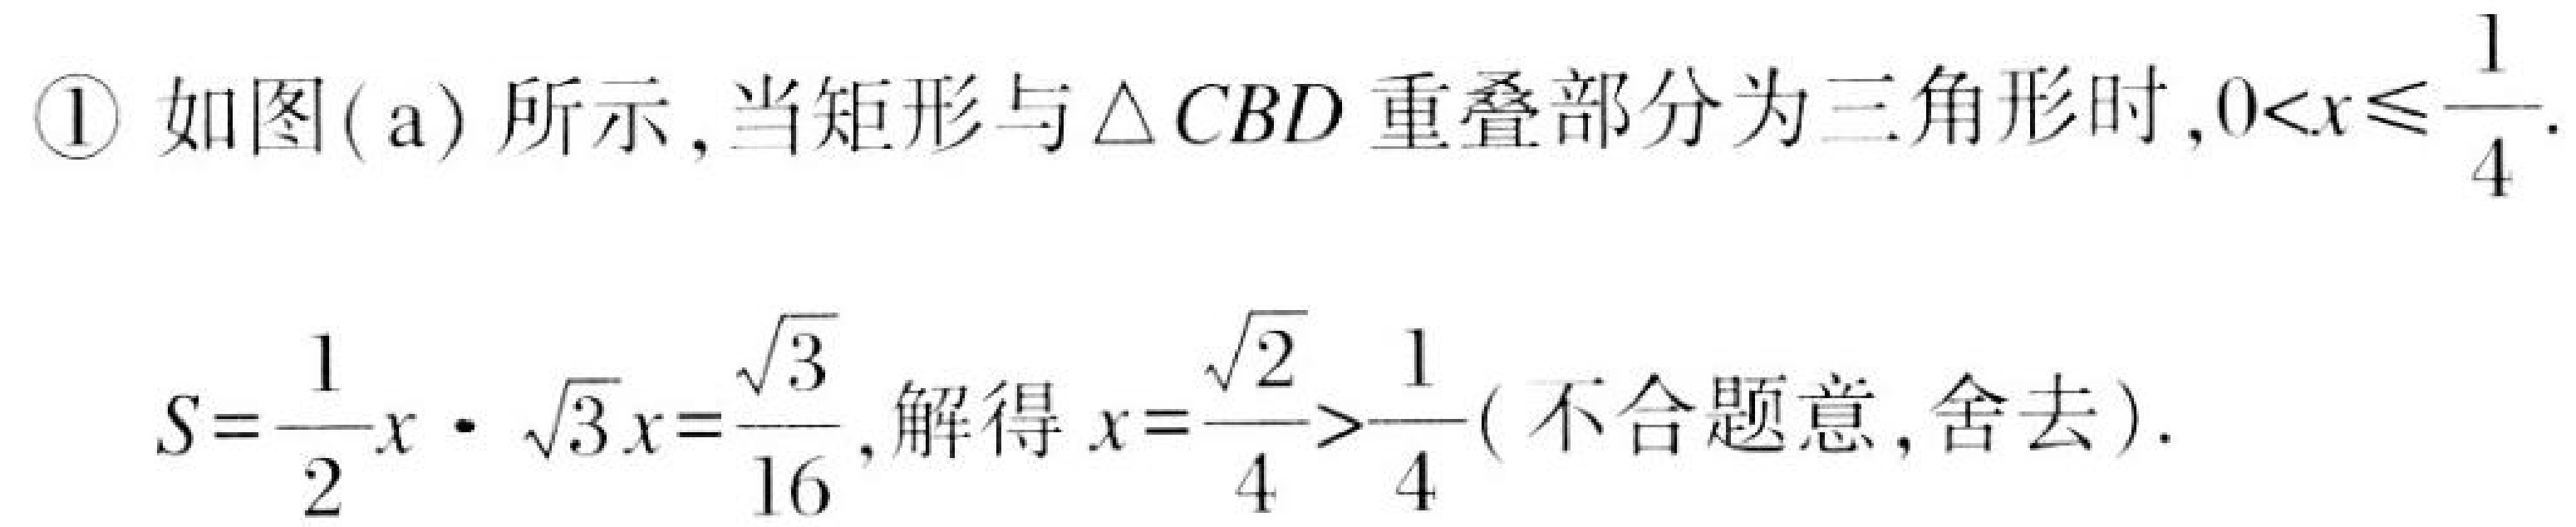
\textcircled{1} 如图( a) 所示, 当矩形与\(\triangle CBD\)重叠部分为三角形时,\(0<x\leqslant\frac{1}{4}\).
\(S = \frac{1}{2}x\cdot\sqrt{3}x=\frac{\sqrt{3}}{16}\), 解得\(x = \frac{\sqrt{2}}{4}>\frac{1}{4}( \text{不合题意,舍去})\).